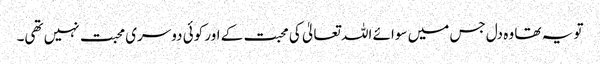
تو یہ تھا وہ دل جس میں سوائے اللہ تعالیٰ کی محبت کے اور کوئی دوسری محبت نہیں تھی۔